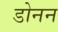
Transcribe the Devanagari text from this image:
डोनन